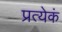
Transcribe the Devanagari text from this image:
प्रत्येकं